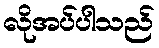
လိုအပ်ပါသည်